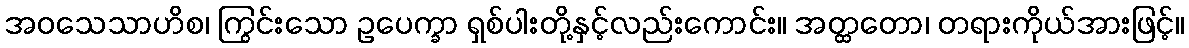
အဝသေသာဟိစ၊ ကြွင်းသော ဥပေက္ခာ ရှစ်ပါးတို့နှင့်လည်းကောင်း။ အတ္ထတော၊ တရားကိုယ်အားဖြင့်။